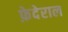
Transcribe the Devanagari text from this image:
फ़ेदेराल